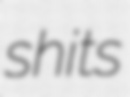
shits